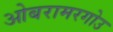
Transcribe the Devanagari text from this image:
ओबरामरगोउ